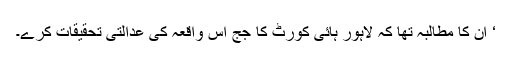
‘ ان کا مطالبہ تھا کہ لاہور ہائی کورٹ کا جج اس واقعہ کی عدالتی تحقیقات کرے۔